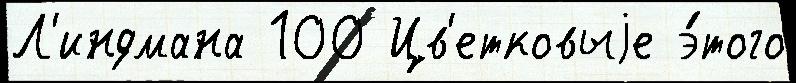
Л'индмана 100 Цв'етковыjе э́того